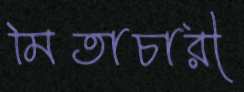
মিতাচারী